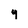
Character: 9